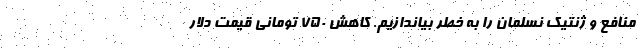
منافع و ژنتیک نسلمان را به خطر بیاندازیم. کاهش ۷۵۰ تومانی قیمت دلار